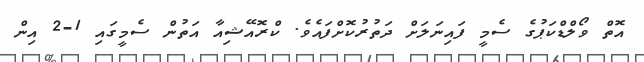
އޮތް ވޯލްޑްކަޕުގެ ސެމީ ފައިނަލަށް ދަތުރުކޮށްފައެވެ. ކްރޮއޭޝިއާ އަތުން ސެމީގައި 1-2 އިން